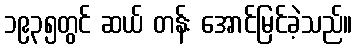
၁၉၃၅တွင် ဆယ် တန်း အောင်မြင်ခဲ့သည်။